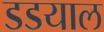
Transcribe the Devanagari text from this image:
डडयाल